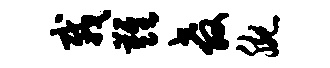
栽难教腕